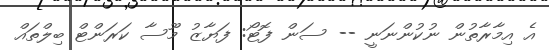
އެ އިމާރާތުން ނުކުންނަނީ -- ސަން ފޮޓޯ: ފަޔާޒު މޫސާ ކަރަންޓް ބިލްތައް